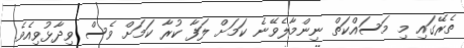
ތެރޭގައި މި މަސައްކަތް ނިންމާލެވޭނެ ކަމަށް ލަފާ ކުރާ ކަމަށް ވެސް ވިދާޅުވިއެވެ.